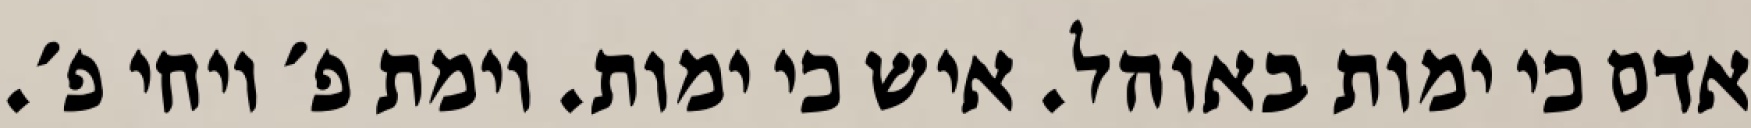
אדם כי ימות באוהל. איש כי ימות. וימת פ׳ ויחי פ׳.